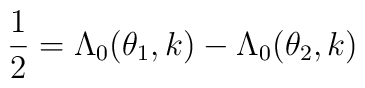
\frac{1}{2}= \Lambda_0 (\theta_1, k) -\Lambda_0 (\theta_2, k)